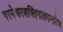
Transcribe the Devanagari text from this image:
परमेश्वरशक्तिपातमन्तरेण